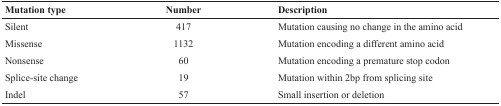
| Mutation type | Number | Description |
 | --- | --- | --- |
 | Silent | 417 | Mutation causing no change in the amino acid |
 | Missense | 1132 | Mutation encoding a different amino acid |
 | Nonsense | 60 | Mutation encoding a premature stop codon |
 | Splice-site change | 19 | Mutation within 2bp from splicing site |
 | Indel | 57 | Small insertion or deletion |